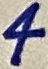
Text: 4